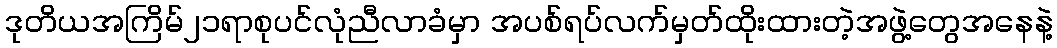
ဒုတိယအကြိမ်၂၁ရာစုပင်လုံညီလာခံမှာ အပစ်ရပ်လက်မှတ်ထိုးထားတဲ့အဖွဲ့တွေအနေနဲ့